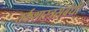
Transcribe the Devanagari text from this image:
तर्कशास्त्रसंबंधी